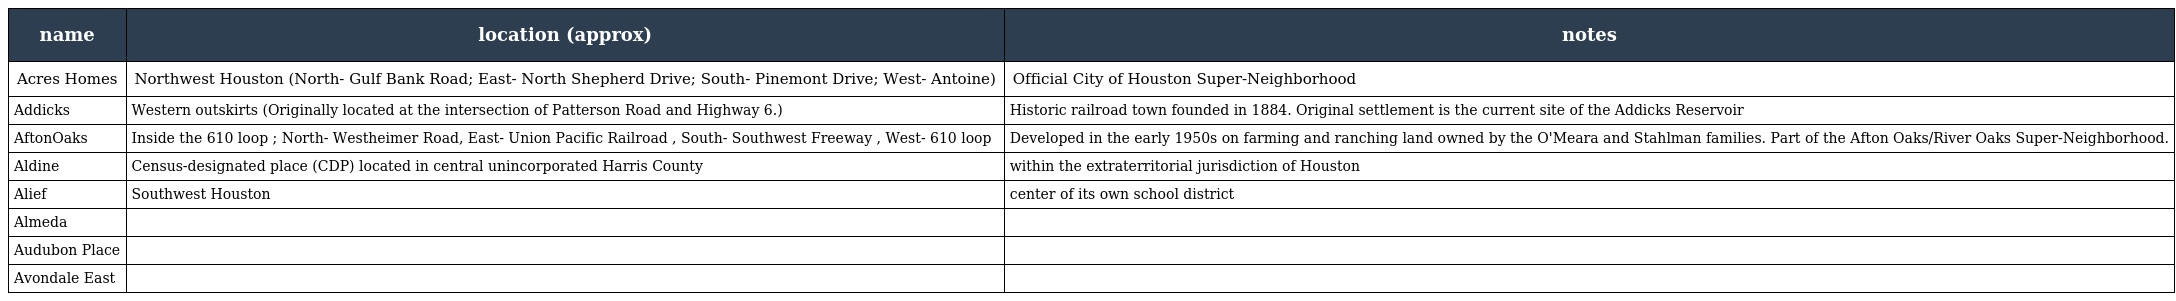
| name | location (approx) | notes |
 | --- | --- | --- |
 | Acres Homes | Northwest Houston (North- Gulf Bank Road; East- North Shepherd Drive; South- Pinemont Drive; West- Antoine) | Official City of Houston Super-Neighborhood |
 | Addicks | Western outskirts (Originally located at the intersection of Patterson Road and Highway 6.) | Historic railroad town founded in 1884. Original settlement is the current site of the Addicks Reservoir |
 | AftonOaks | Inside the 610 loop ; North- Westheimer Road, East- Union Pacific Railroad , South- Southwest Freeway , West- 610 loop | Developed in the early 1950s on farming and ranching land owned by the O'Meara and Stahlman families. Part of the Afton Oaks/River Oaks Super-Neighborhood. |
 | Aldine | Census-designated place (CDP) located in central unincorporated Harris County | within the extraterritorial jurisdiction of Houston |
 | Alief | Southwest Houston | center of its own school district |
 | Almeda |  |  |
 | Audubon Place |  |  |
 | Avondale East |  |  |